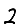
Digit: 2